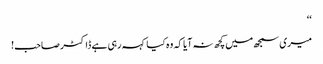
‘‘
میری سمجھ میں کچھ نہ آیا کہ وہ کیا کہہ رہی ہے ڈاکٹر صاحب!